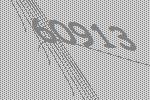
60913